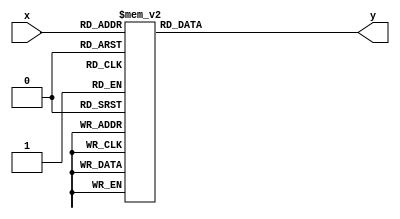
module decoderMaquinas(x,y);

	input [0:3] x;
	output [0:13] y;
	reg [0:13] SeteSegmentos;

	always @(*)
		case(x)
		  4'b0000: SeteSegmentos = 14'b00010010001001;
        4'b0001: SeteSegmentos = 14'b01001000100100;
        4'b0010: SeteSegmentos = 14'b01001000000001;
        4'b0011: SeteSegmentos = 14'b01001001001111;
        4'b0100: SeteSegmentos = 14'b01001000010010;
        4'b0101: SeteSegmentos = 14'b01001000000110;
        4'b0110: SeteSegmentos = 14'b01001000110001;
        4'b0111: SeteSegmentos = 14'b01001001110001;
        4'b1000: SeteSegmentos = 14'b11100010000001;
        4'b1001: SeteSegmentos = 14'b11100011001111;
        4'b1010: SeteSegmentos = 14'b11100010010010;
		  4'b1011: SeteSegmentos = 14'b11100010000110;	
		  4'b1100: SeteSegmentos = 14'b11100010110001;
		  default: SeteSegmentos = 14'b01100001100010;
		endcase
		
	assign y = SeteSegmentos;	
endmodule